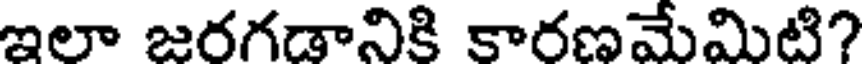
ఇలా జరగడానికి కారణమేమిటి?